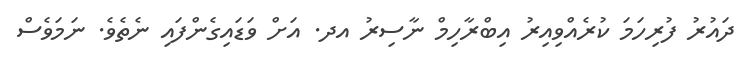
ދައުރު ފުރިހަމަ ކުރެއްވިއިރު އިބްރާހިމް ނާސިރު އދ. އަށް ވަޑައިގެންފައި ނެތެވެ. ނަމަވެސް